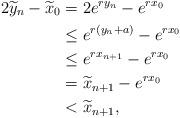
LaTeX: \begin{align*} 2\widetilde y_n - \widetilde x_0 & = 2e^{ry_n} - e^{rx_0} \\ & \leq e^{r(y_n+a)} - e^{rx_0} \\ & \leq e^{rx_{n+1}} -e^{rx_0} \\ & =\widetilde x_{n+1} - e^{rx_0} \\ & < \widetilde{x}_{n+1},\end{align*}